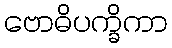
ဗောဓိပက္ခိကာ